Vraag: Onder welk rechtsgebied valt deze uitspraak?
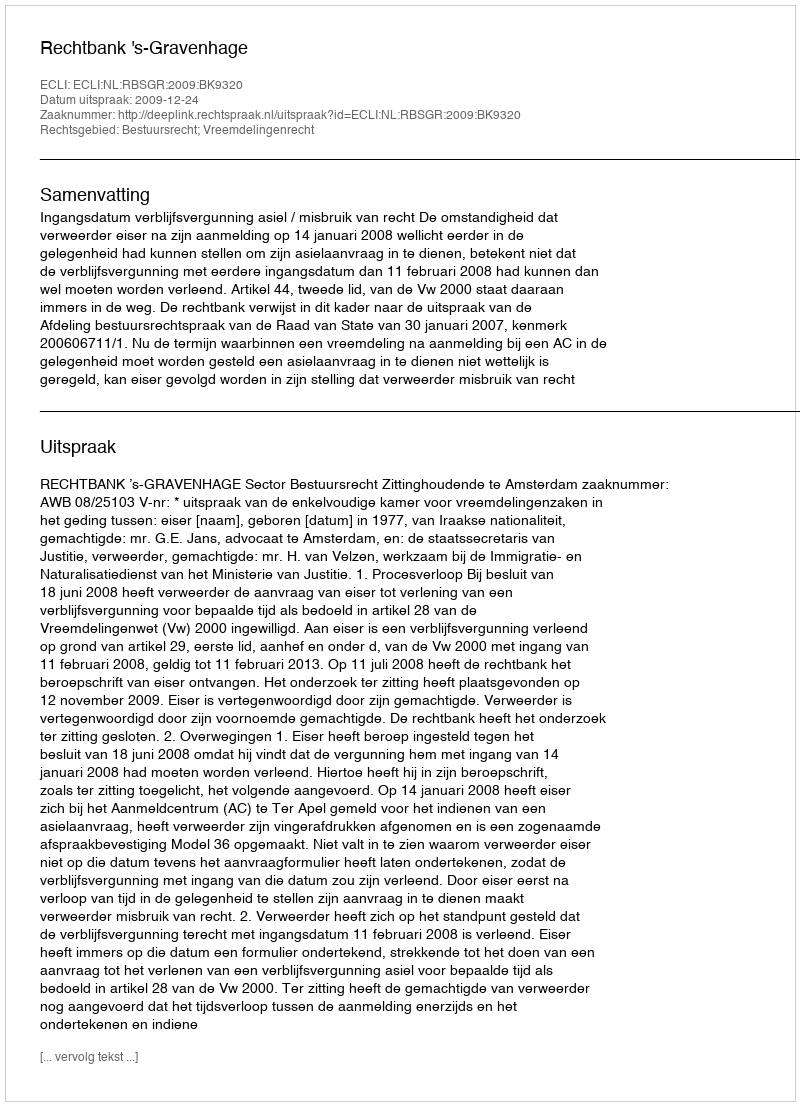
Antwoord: Bestuursrecht; Vreemdelingenrecht